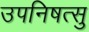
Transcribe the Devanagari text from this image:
उपनिषत्सु